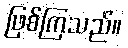
ဖြစ်ကြသည်။